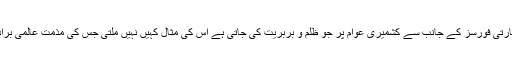
ان کا کہنا تھا کہ بھارت کے زیر انتظام کشمیر میں بھارتی فورسز کے جانب سے کشمیری عوام پر جو ظلم و بربریت کی جاتی ہے اس کی مثال کہیں نہیں ملتی جس کی مذمت عالمی برادری اور اسلامی تعاون تنظیم (او آئی سی) نے بھی کی۔